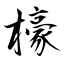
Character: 檺